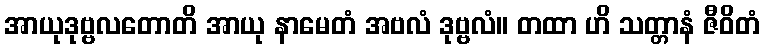
အာယုဒုဗ္ဗလတောတိ အာယု နာမေတံ အဗလံ ဒုဗ္ဗလံ။ တထာ ဟိ သတ္တာနံ ဇီဝိတံ